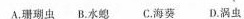
A.珊瑚虫B.水螅C.海葵D.涡虫